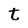
Character: t